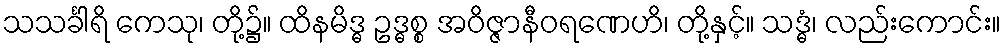
သသင်္ခါရိ ကေသု၊ တို့၌။ ထိနမိဒ္ဓ ဥဒ္ဓစ္စ အဝိဇ္ဇာနီဝရဏေဟိ၊ တို့နှင့်။ သဒ္ဓံ၊ လည်းကောင်း။